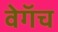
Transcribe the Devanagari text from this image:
वेगॅच